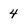
Character: 4